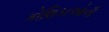
કોશિકાઓની